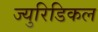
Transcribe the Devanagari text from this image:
ज्युरिडिकल